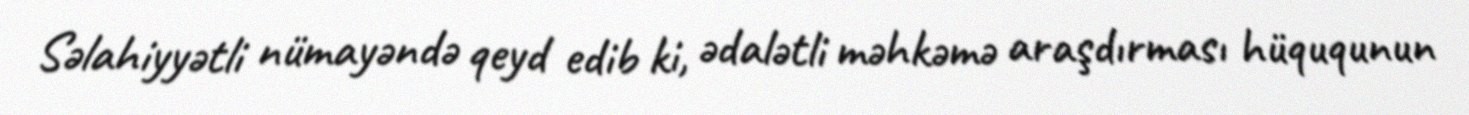
Səlahiyyətli nümayəndə qeyd edib ki, ədalətli məhkəmə araşdırması hüququnun